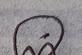
Signature authenticity: genuine